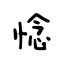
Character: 惗